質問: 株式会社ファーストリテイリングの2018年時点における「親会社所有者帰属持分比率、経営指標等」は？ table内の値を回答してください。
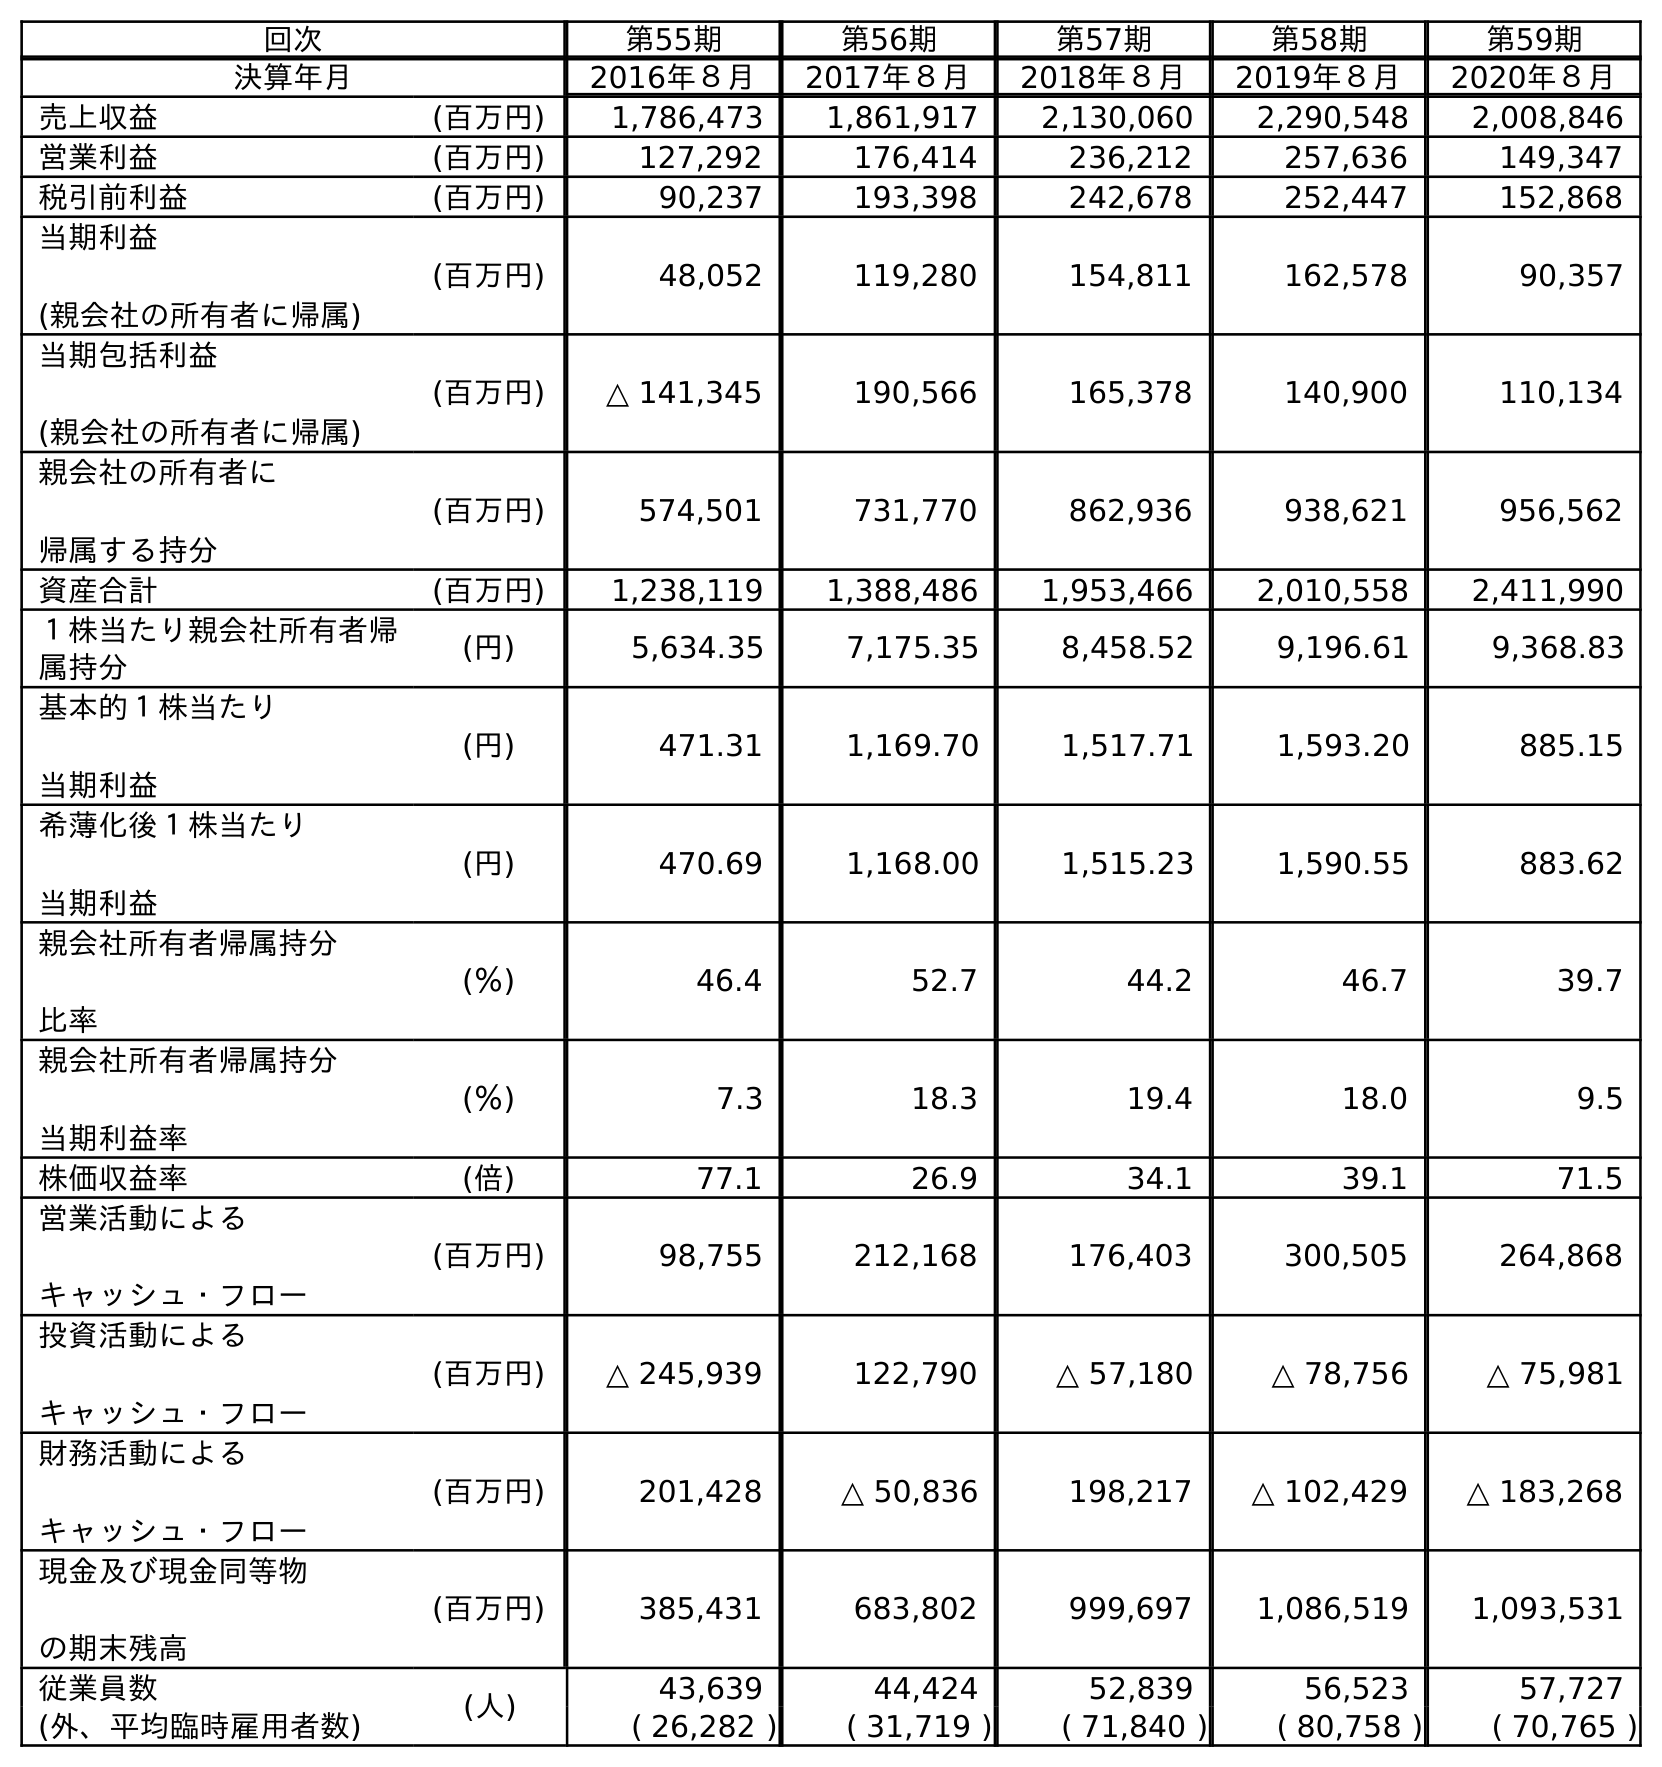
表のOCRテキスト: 回次 第55期 第56期 第57期 第58期 第59期 決算年月 2016年８月 2017年８月 2018年８月 2019年８月 2020年８月 売上収益 (百万円) 1,786,473 1,861,917 2,130,060 2,290,548 2,008,846 営業利益 (百万円) 127,292 176,414 236,212 257,636 149,347 税引前利益 (百万円) 90,237 193,398 242,678 252,447 152,868 当期利益 (親会社の所有者に帰属) (百万円) 48,052 119,280 154,811 162,578 90,357 当期包括利益 (親会社の所有者に帰属) (百万円) △ 141,345 190,566 165,378 140,900 110,134 親会社の所有者に 帰属する持分 (百万円) 574,501 731,770 862,936 938,621 956,562 資産合計 (百万円) 1,238,119 1,388,486 1,953,466 2,010,558 2,411,990 １株当たり親会社所有者帰 属持分 (円) 5,634.35 7,175.35 8,458.52 9,196.61 9,368.83 基本的１株当たり 当期利益 (円) 471.31 1,169.70 1,517.71 1,593.20 885.15 希薄化後１株当たり 当期利益 (円) 470.69 1,168.00 1,515.23 1,590.55 883.62 親会社所有者帰属持分 比率 (％) 46.4 52.7 44.2 46.7 39.7 親会社所有者帰属持分 当期利益率 (％) 7.3 18.3 19.4 18.0 9.5 株価収益率 (倍) 77.1 26.9 34.1 39.1 71.5 営業活動による キャッシュ・フロー (百万円) 98,755 212,168 176,403 300,505 264,868 投資活動による キャッシュ・フロー (百万円) △ 245,939 122,790 △ 57,180 △ 78,756 △ 75,981 財務活動による キャッシュ・フロー (百万円) 201,428 △ 50,836 198,217 △ 102,429 △ 183,268 現金及び現金同等物 の期末残高 (百万円) 385,431 683,802 999,697 1,086,519 1,093,531 従業員数 (人) 43,639 44,424 52,839 56,523 57,727 (外、平均臨時雇用者数) ( 26,282 ) ( 31,719 ) ( 71,840 ) ( 80,758 ) ( 70,765 )
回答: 44.2